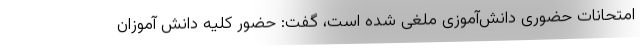
امتحانات حضوری دانش‌آموزی ملغی شده است، گفت: حضور کلیه دانش آموزان